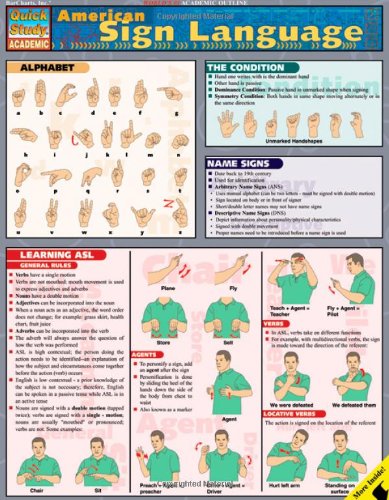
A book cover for American Sign Language (Quickstudy: Academic); Inc. BarCharts; Reference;